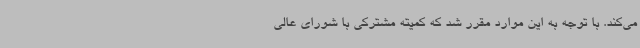
می‌کند. با توجه به این موارد مقرر شد که کمیته مشترکی با شورای عالی